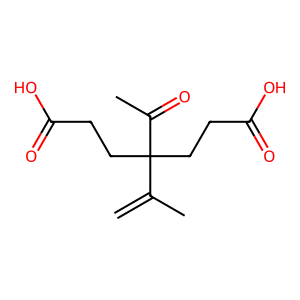
SMILES: C=C(C)C(CCC(=O)O)(CCC(=O)O)C(C)=O
Inhibits HIV replication: No